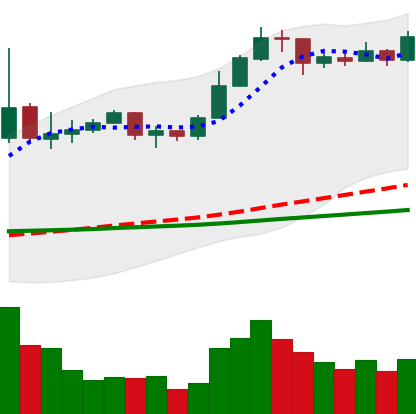
Ticker: ETC-USD
Chart end date: 2020-02-05
Forward return: -4.046%
Label: down_3_5